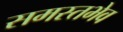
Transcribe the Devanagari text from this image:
समस्तभेव